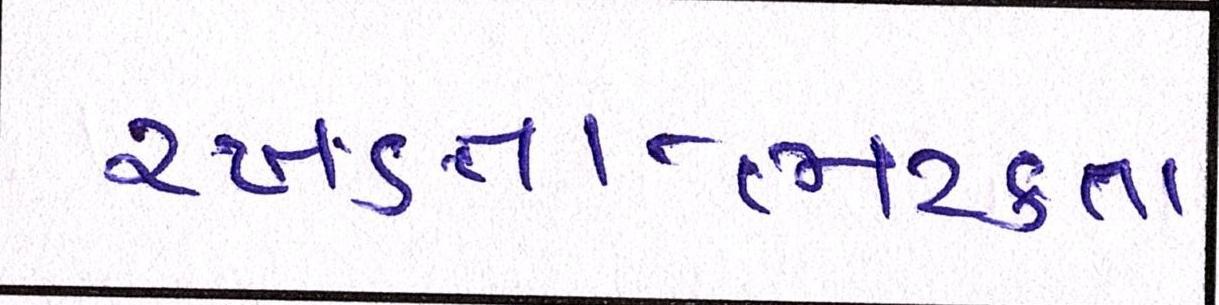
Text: રખડતા-ભટકતા